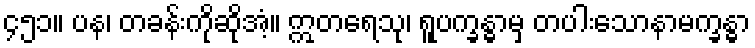
၄၅၁။ ပန၊ တခန်းကိုဆိုအံ့။ ဣတရေသု၊ ရူပက္ခန္ဓာမှ တပါးသောနာမက္ခန္ဓာ